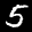
Label: 5